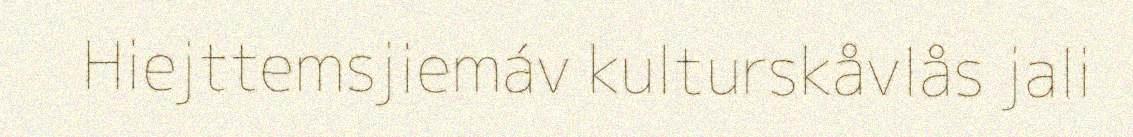
Hiejttemsjiemáv kulturskåvlås jali